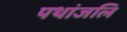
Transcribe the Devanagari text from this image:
पथांजलि